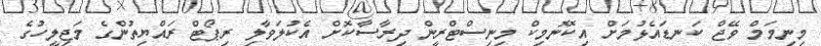
މިނިމަމް ވޭޖް ކަނޑައެޅުމަށް އިކޮނޮމިކް މިނިސްޓްރީން ދިރާސާކޮށް އެކުލަވާލި ރިޕޯޓް ރައްޔިތުންގެ މަޖިލީހުގެ